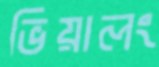
ভিয়ালং